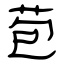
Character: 苞